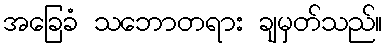
အခြေခံ သဘောတရား ချမှတ်သည်။